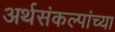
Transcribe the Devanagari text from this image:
अर्थसंकल्पांच्या